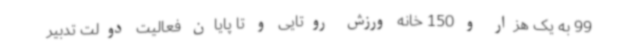
99 به یک هزار و 150 خانه ورزش روتایی و تا پایان فعالیت دولت تدبیر